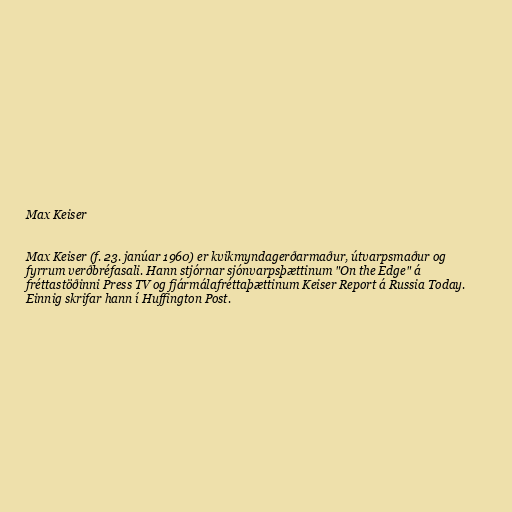
Max Keiser

Max Keiser (f. 23. janúar 1960) er kvikmyndagerðarmaður, útvarpsmaður og
fyrrum verðbréfasali. Hann stjórnar sjónvarpsþættinum "On the Edge" á
fréttastöðinni Press TV og fjármálafréttaþættinum Keiser Report á Russia Today.
Einnig skrifar hann í Huffington Post.